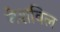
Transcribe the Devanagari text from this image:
नेशविल